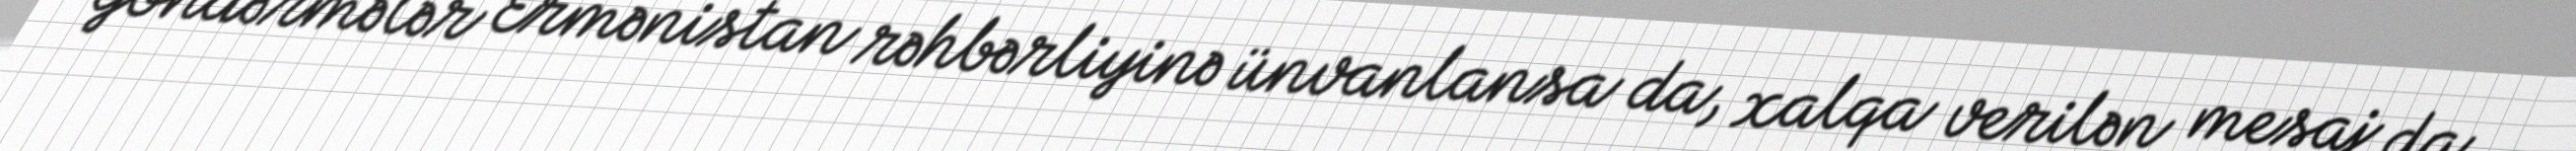
göndərmələr Ermənistan rəhbərliyinə ünvanlansa da, xalqa verilən mesaj da